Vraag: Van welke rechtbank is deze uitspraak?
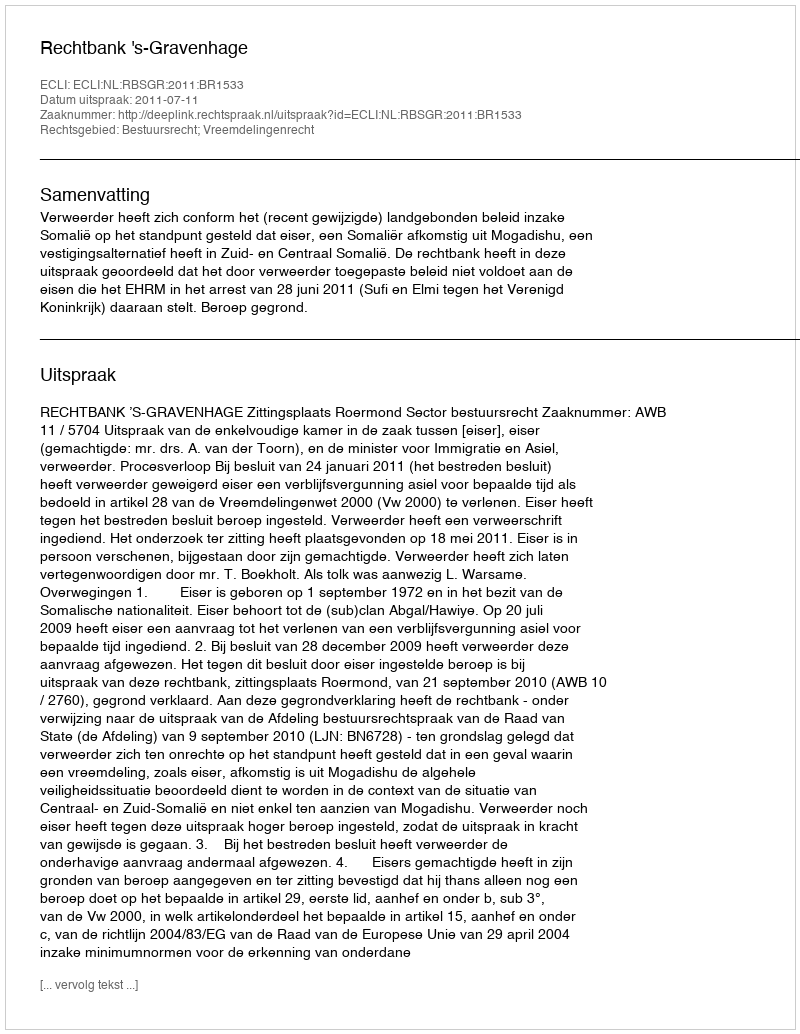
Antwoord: Rechtbank 's-Gravenhage